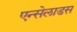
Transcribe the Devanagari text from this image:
एन्सेलाडस